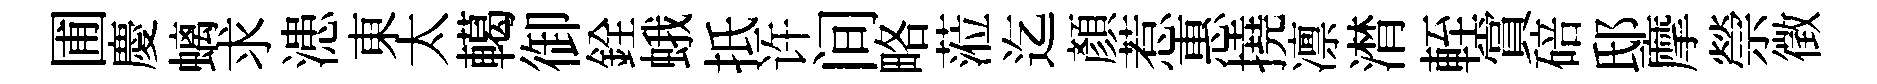
圃慶螭求漶東太轕御銓蛾抵许间略蒞迄顔惹惠撓凛潸輊賞碚邸摩禜徵